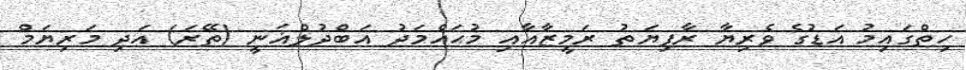
ހިތްގައިމު އަޑުގެ ވެރިޔާ ރާފިޔަތު ރަމީޒާއާއި މުޙައްމަދު އަބްދުލްޣަނީ (ތޭރަ) އަދި މަރިޔަމް